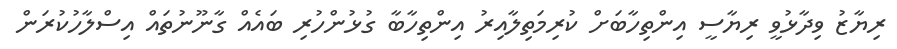
ރިޔާޒު ވިދާޅުވީ ރިޔާސީ އިންތިހާބަށް ކުރިމަތިލާއިރު އިންތިހާބާ ގުޅުންހުރި ބައެއް ގާނޫނުތައް އިސްލާހުކުރަން